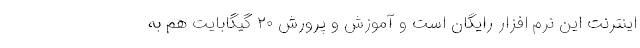
اینترنت این نرم افزار رایگان است و آموزش و پرورش ۲۰ گیگابایت هم به